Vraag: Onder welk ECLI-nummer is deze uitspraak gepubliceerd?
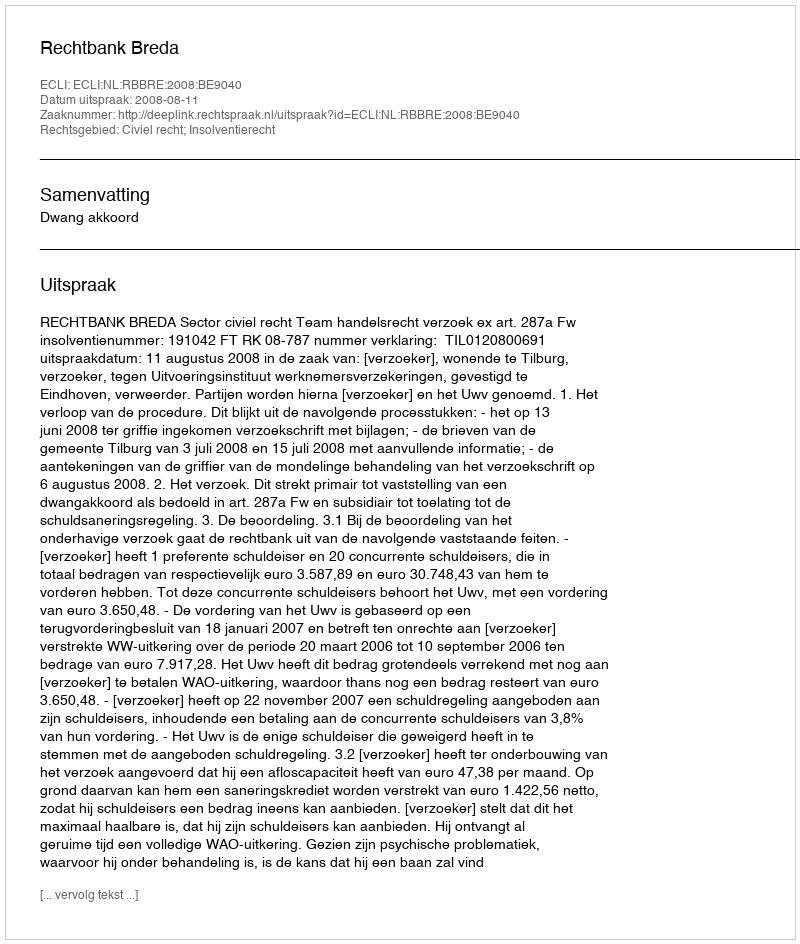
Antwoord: ECLI:NL:RBBRE:2008:BE9040